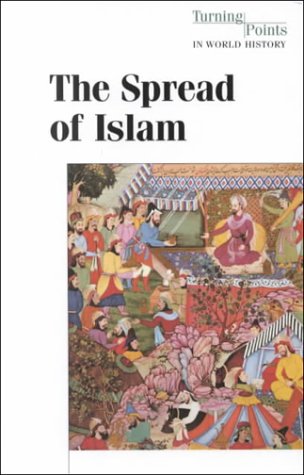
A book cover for The Spread of Islam (Hardcover Edition) (Turning Points in World History); Teen & Young Adult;